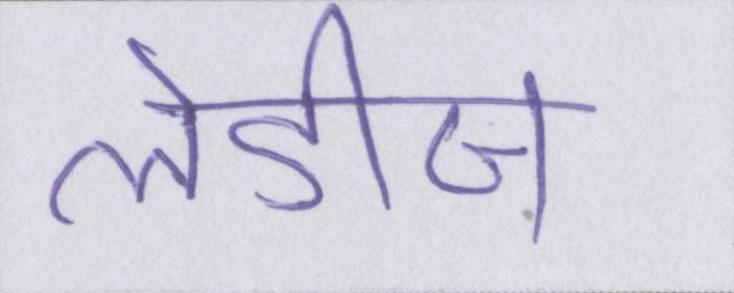
लेडीज